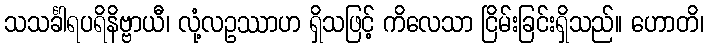
သသင်္ခါရပရိနိဗ္ဗာယီ၊ လုံ့လဥဿာဟ ရှိသဖြင့် ကိလေသာ ငြိမ်းခြင်းရှိသည်။ ဟောတိ၊